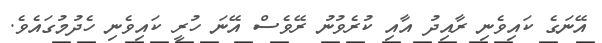
އޭނަގެ ކައިވެނި ރާއިދު އާއި ކުރެވުނު ރޭވެސް އޭނަ ހުރީ ކައިވެނި ހެދުމުގައެވެ.